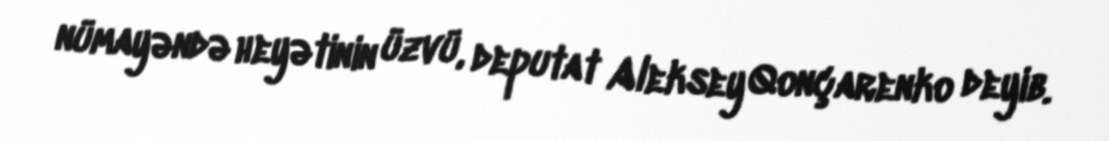
nümayəndə heyətinin üzvü, deputat Aleksey Qonçarenko deyib.